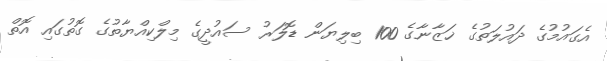
އެގައުމުގެ ދައުލަތުގެ ޚަޒާނާގެ 100 ބިލިޔަން ޑޮލަރު ސައުދީގެ މިލްކިއްޔާތުގެ ގޮތުގައި އޮތް